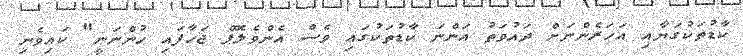
ކާޑުތަކުގަޔާއި އަހަރެންނަށް ދައުވަތު އަންނަ ކާޑުތަކުގައި ވެސް އެންވެލޮޕް ޖަހާފައި ހުންނަނީ" ކައިވެނި